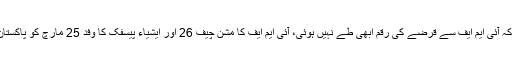
ان کا کہنا تھا کہ آئی ایم ایف سے قرضے کی رقم ابھی طے نہیں ہوئی، آئی ایم ایف کا مشن چیف 26 اور ایشیاء پیسفک کا وفد 25 مارچ کو پاکستان پہنچ رہا ہے۔